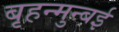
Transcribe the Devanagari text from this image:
बृहन्मुन्बई